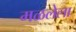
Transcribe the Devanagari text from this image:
मळलेला